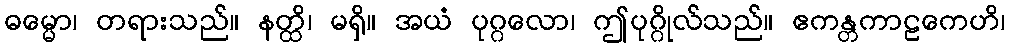
ဓမ္မော၊ တရားသည်။ နတ္ထိ၊ မရှိ။ အယံ ပုဂ္ဂလော၊ ဤပုဂ္ဂိုလ်သည်။ ဧကန္တကာဠကေဟိ၊